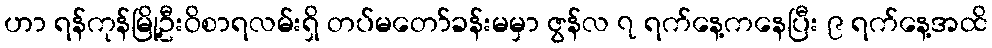
ဟာ ရန်ကုန်မြို့ဦးဝိစာရလမ်းရှိ တပ်မတော်ခန်းမမှာ ဇွန်လ ၇ ရက်နေ့ကနေပြီး ၉ ရက်နေ့အထိ